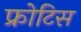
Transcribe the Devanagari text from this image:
फ्रोटिस